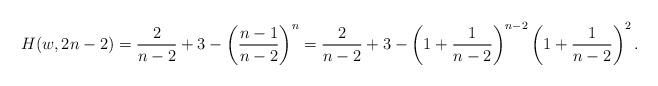
LaTeX: \begin{align*}H(w,2n-2)=\frac{2}{n-2}+3-\left(\frac{n-1}{n-2}\right)^{n}=\frac{2}{n-2}+3-\left(1+\frac{1}{n-2}\right)^{n-2}\left(1+\frac{1}{n-2}\right)^{2}.\end{align*}